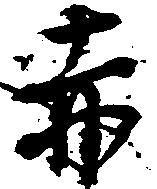
赤